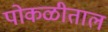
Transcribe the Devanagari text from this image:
पोकळीताल